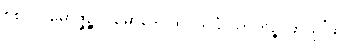
၈၈။ ပါမောဇ္ဇဉ္စ ပမောဒေါ ထ၊ သုခံ သာတဉ္စ ဖာသွ’ထ။